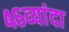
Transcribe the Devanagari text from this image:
४६व्यांदा